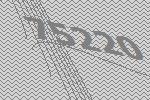
75220